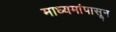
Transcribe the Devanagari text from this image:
माध्यमांपासून